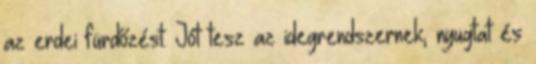
az erdei fürdőzést. Jót tesz az idegrendszernek, nyugtat és